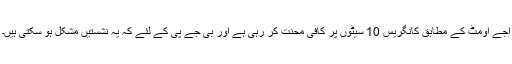
اجے اومٹ کے مطابق کانگریس 10 سیٹوں پر کافی محنت کر رہی ہے اور بی جے پی کے لئے کہ یہ نشستیں مشکل ہو سکتی ہیں۔